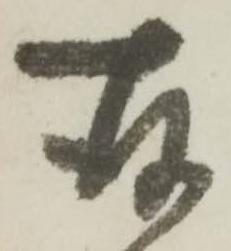
存